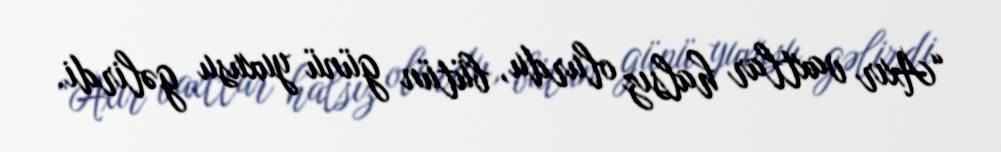
“Axır vaxtlar halsız olurdu, bütün günü yuxusu gəlirdi.